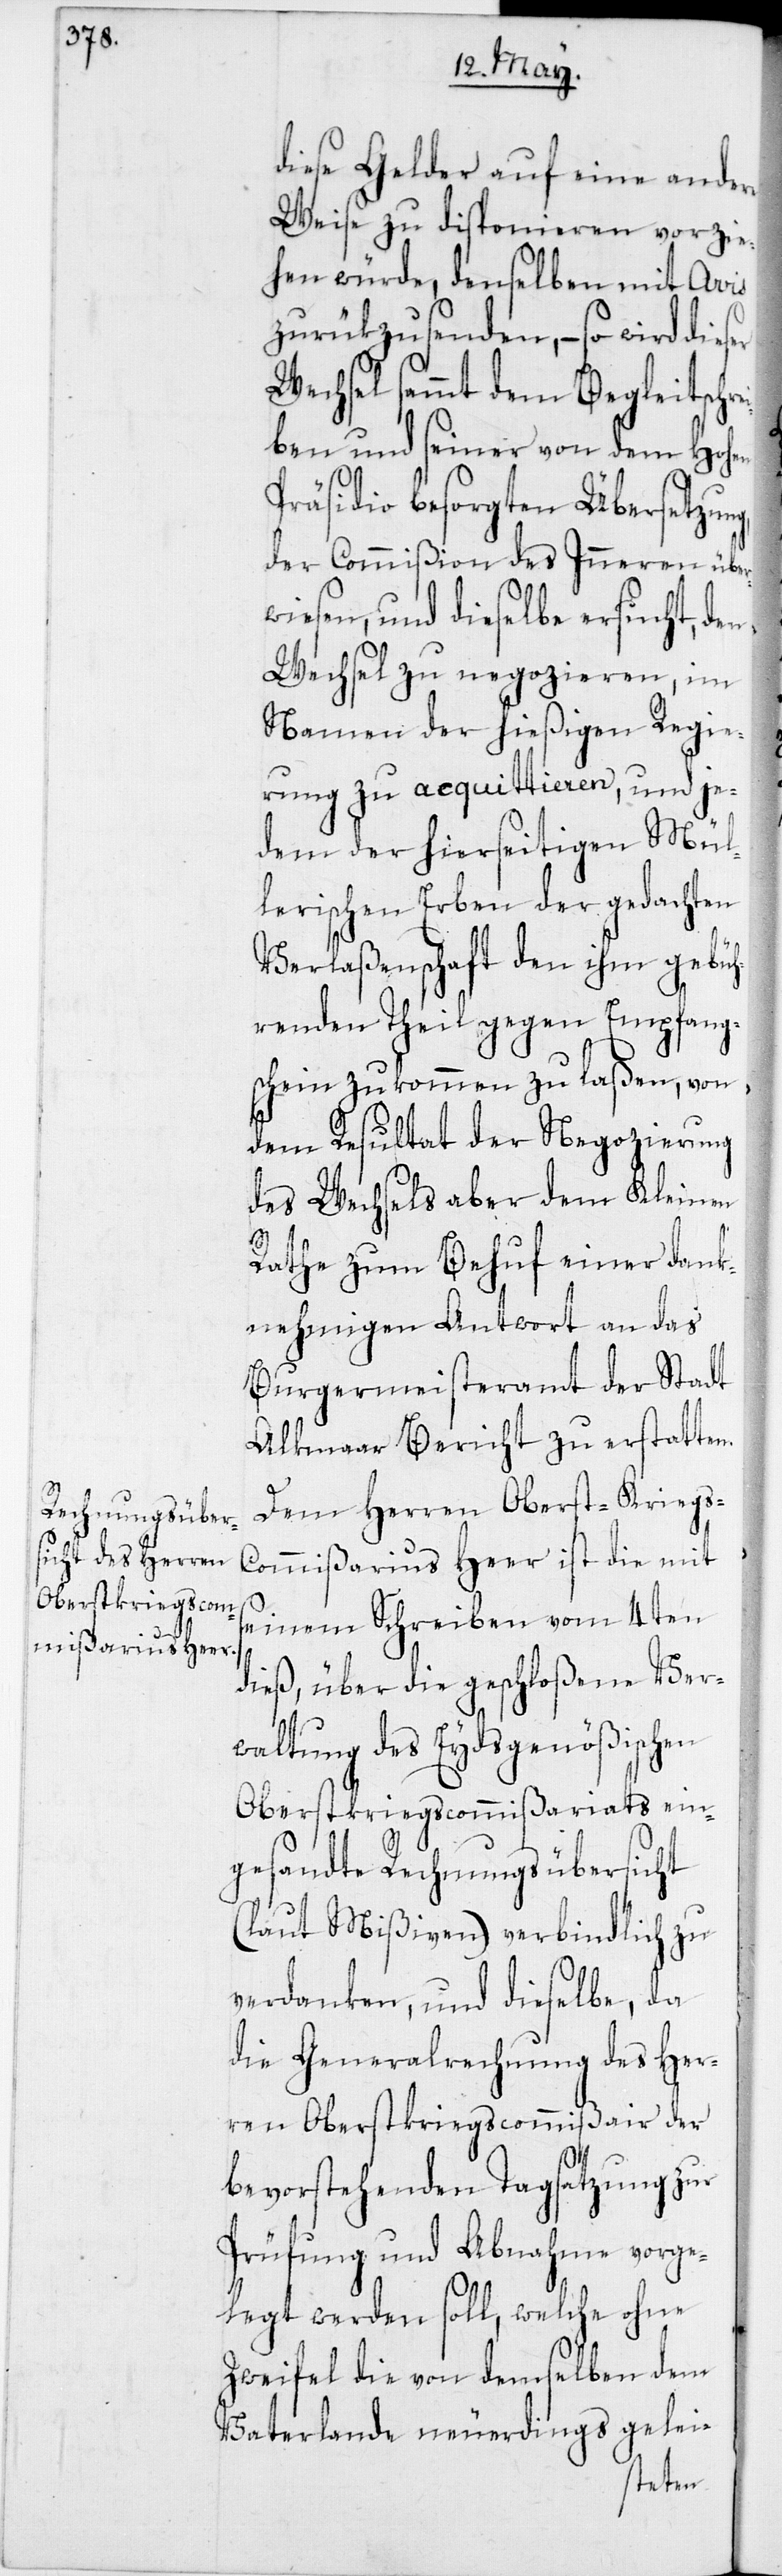
diese Gelder auf eine andere
Weise zu disponieren vorzie¬
hen würde, denselben mit Avis
zurükzusenden, – so wird dieser
Wechsel sammt dem Begleitschr¬
ben und seiner von dem Hohen
Präsidio besorgten Übersetzun¬
der Commißion des Inneren über¬
wiesen, und dieselbe ersucht, den
Wechsel zu negozieren, im
Namen der hießigen Regie¬
rung zu acquittieren, und je¬
dem der hierseitigen Mül¬
lerischen Erben der gedachten
Verlaßenschaft den ihm gebü¬
hrenden Theil gegen Empfang¬
schein zukommen zu laßen, von
dem Resultat der Negozierung
des Wechsels aber dem Kleinen
g,
Rathe zum Behuf einer dank¬
nehmigen Antwort an das
Burgermeisteramt der Stadt
Alkmaar Bericht zu erstatten.
Dem Herren Oberst-Krieg¬
s-Commißarius Heer ist die mit
seinem Schreiben vom 4ten
dieß, über die geschloßene Ver¬
waltung des Eydsgenößischen
Oberstkriegscommißariats ein¬
gesandte Rechnungsübersicht
(laut Mißiven) verbindlich zu
verdanken, und dieselbe, da
die Generalrechnung des Her¬
ren Oberstkriegscommißair der
bevorstehenden Tagsatzung zur
Prüfung und Abnahme vorge¬
legt werden soll, welche ohne
Zweifel die von demselben dem
Vaterlande neuerdings gelei-